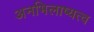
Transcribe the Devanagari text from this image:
अनभिलाष्यत्व